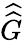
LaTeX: \widehat{\widehat{G}}